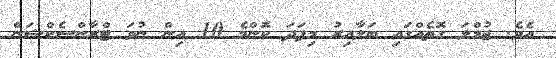
އެވެ. ޖުމްލަ ގޮތެއްގައި ބަލާއިރު މިފަދަ ކޮންމެ 10 އިން ނުވަ ޓްރާންސެކްޝަން